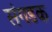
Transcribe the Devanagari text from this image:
संगडक